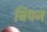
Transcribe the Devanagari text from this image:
बिपन